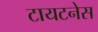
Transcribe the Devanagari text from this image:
टायटनेस